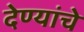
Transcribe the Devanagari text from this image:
देण्यांचे